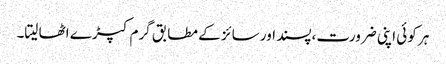
ہر کوئی اپنی ضرورت،پسند اور سائز کے مطابق گرم کپڑے اٹھا لیتا۔